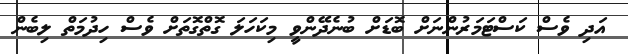
އަދި ވެސް ކަސްޓަމަރުންނަށް ބޮޑަށް ބުނެދޭންވީ މިކަހަލަ ގޮތްގޮތަށް ވެސް ހިދުމަތް ލިބެން